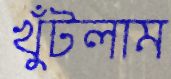
খুঁটলাম